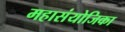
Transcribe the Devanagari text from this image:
महासंयोजिका